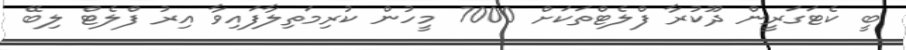
ބީ ކެޓަގަރީން ދޫކުރާ ފްލެޓްތަކަށް 7000 މީހުން ކުރިމަތިލާފައިވާ އިރު ފްލެޓް ލިބޭ